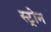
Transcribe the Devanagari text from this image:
स्ट्रोन